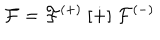
{ \cal F } = { \cal F } ^ { ( + ) } \ [ \dot { + } ] \ { \cal F } ^ { ( - ) }